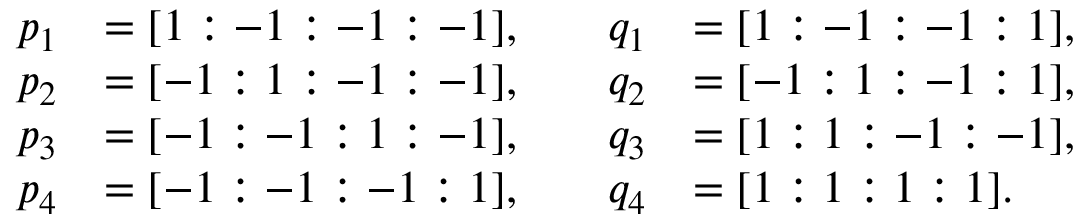
\begin{array} { r l } { p _ { 1 } } & { = [ 1 : - 1 : - 1 : - 1 ] , } \\ { p _ { 2 } } & { = [ - 1 : 1 : - 1 : - 1 ] , } \\ { p _ { 3 } } & { = [ - 1 : - 1 : 1 : - 1 ] , } \\ { p _ { 4 } } & { = [ - 1 : - 1 : - 1 : 1 ] , } \end{array} \quad \begin{array} { r l } { q _ { 1 } } & { = [ 1 : - 1 : - 1 : 1 ] , } \\ { q _ { 2 } } & { = [ - 1 : 1 : - 1 : 1 ] , } \\ { q _ { 3 } } & { = [ 1 : 1 : - 1 : - 1 ] , } \\ { q _ { 4 } } & { = [ 1 : 1 : 1 : 1 ] . } \end{array}